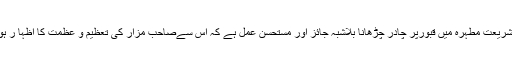
جواب : شریعتِ مطہرہ میں قبورپر چادر چڑھانا بلاشبہ جائز اور مستحسن عمل ہے کہ اس سےصاحبِ مزار کی تعظیم و عظمت کا اظہا ر ہو تا ہے ۔